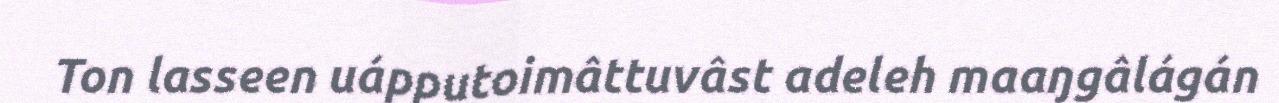
Ton lasseen uápputoimâttuvâst adeleh maaŋgâlágán